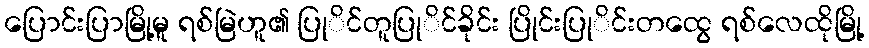
ပြောင်းပြာမြို့မူ ရစ်မြဲဟူ၏ ပြုိင်တူပြုိင်ခိုင်း ပြိုင်းပြုိင်းတထွေ ရစ်လေထိုမြို့